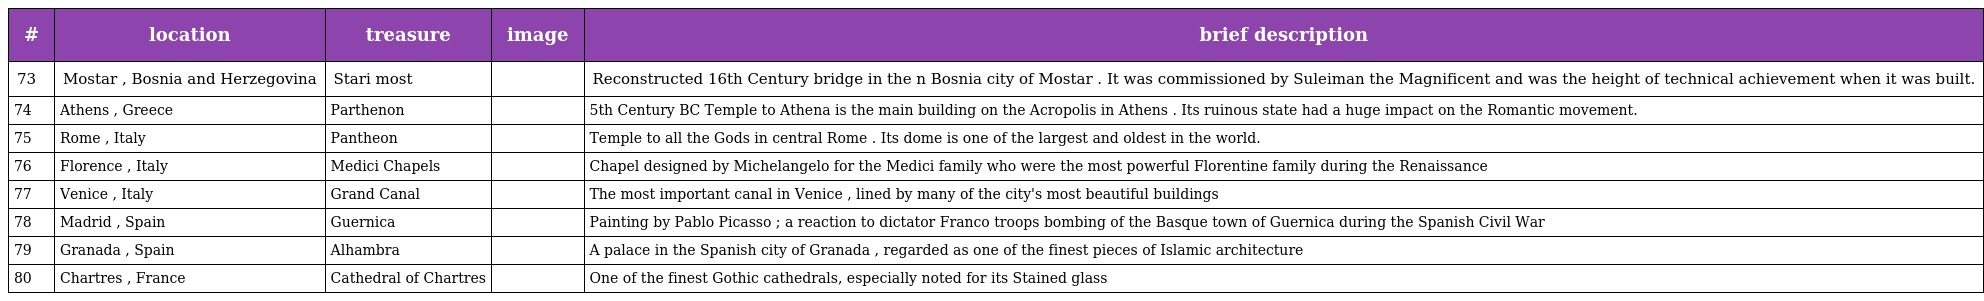
| # | location | treasure | image | brief description |
 | --- | --- | --- | --- | --- |
 | 73 | Mostar , Bosnia and Herzegovina | Stari most |  | Reconstructed 16th Century bridge in the n Bosnia city of Mostar . It was commissioned by Suleiman the Magnificent and was the height of technical achievement when it was built. |
 | 74 | Athens , Greece | Parthenon |  | 5th Century BC Temple to Athena is the main building on the Acropolis in Athens . Its ruinous state had a huge impact on the Romantic movement. |
 | 75 | Rome , Italy | Pantheon |  | Temple to all the Gods in central Rome . Its dome is one of the largest and oldest in the world. |
 | 76 | Florence , Italy | Medici Chapels |  | Chapel designed by Michelangelo for the Medici family who were the most powerful Florentine family during the Renaissance |
 | 77 | Venice , Italy | Grand Canal |  | The most important canal in Venice , lined by many of the city's most beautiful buildings |
 | 78 | Madrid , Spain | Guernica |  | Painting by Pablo Picasso ; a reaction to dictator Franco troops bombing of the Basque town of Guernica during the Spanish Civil War |
 | 79 | Granada , Spain | Alhambra |  | A palace in the Spanish city of Granada , regarded as one of the finest pieces of Islamic architecture |
 | 80 | Chartres , France | Cathedral of Chartres |  | One of the finest Gothic cathedrals, especially noted for its Stained glass |